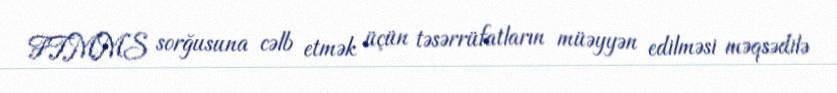
FTMMS sorğusuna cəlb etmək üçün təsərrüfatların müəyyən edilməsi məqsədilə